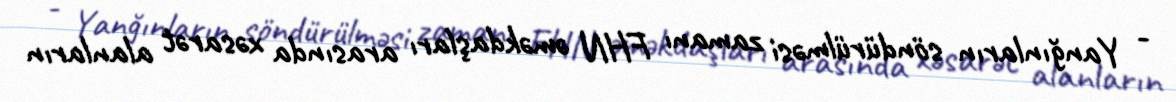
- Yanğınların söndürülməsi zamanı FHN əməkdaşları arasında xəsarət alanların